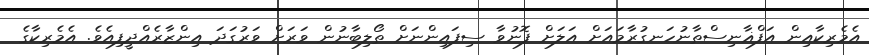
އެމެރިކާއިން އަފްޣާނިސްތާނުހަނގުރާމައަށް އަލަށް ފޮނުވާ ސިފައިންނަށް ތޯލިބާނުން ވަރަށް ވަރުގަދަ އިންޒާރެއްދީފިއެވެ. އެމެރިކާގެ